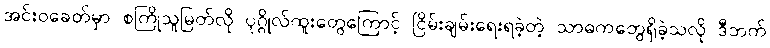
အင်းဝခေတ်မှာ စကြိုသူမြတ်လို ပုဂ္ဂိုလ်ထူးတွေကြောင့် ငြိမ်းချမ်းရေးရခဲ့တဲ့ သာဓကတွေရှိခဲ့သလို ဒီဘက်